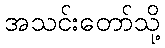
အသင်းတော်သို့